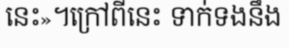
នេះ»។ក្រៅពីនេះ ទាក់ទងនឹង